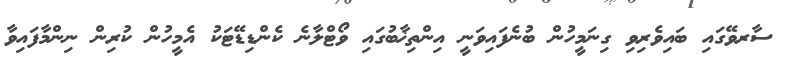
ސާރވޭގައި ބައިވެރިވި ގިނަމީހުން ބުނެފައިވަނީ އިންތިޚާބުގައި ވޯޓްލާނެ ކެންޑިޑޭޓަކު އެމީހުން ކުރިން ނިންމާފައިވާ